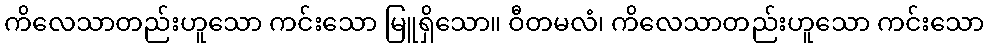
ကိလေသာတည်းဟူသော ကင်းသော မြူရှိသော။ ဝီတမလံ၊ ကိလေသာတည်းဟူသော ကင်းသော